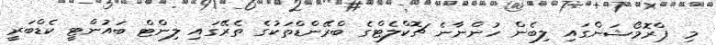
މި ޕްރޮމޯޝަންގައި ލިބެން ހުންނާނެ ޗޮކްލެޓްގެ ބްރޭންޑްތަކުގެ ތެރޭގައި ލިންޓް ބައުންޓީ ކެޑްބަރީ